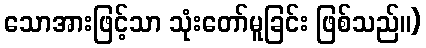
သောအားဖြင့်သာ သုံးတော်မူခြင်း ဖြစ်သည်။)